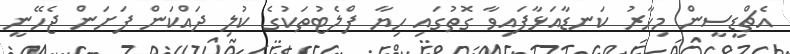
އެޗްޑީސީން މިހާރު ކަނޑާއަޅާފައިވާ ގޮތުގައި ހިޔާ ފްލެޓުތަކުގެ ކުލި ދައްކަން ފަށަން ޖެހޭނީ